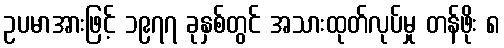
ဥပမာအားဖြင့် ၁၉၇၇ ခုနှစ်တွင် အသားထုတ်လုပ်မှု တန်ဖိုး ၈